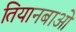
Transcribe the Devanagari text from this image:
तियानबाओ